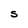
Character: S